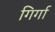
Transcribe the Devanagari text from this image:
गिर्गा